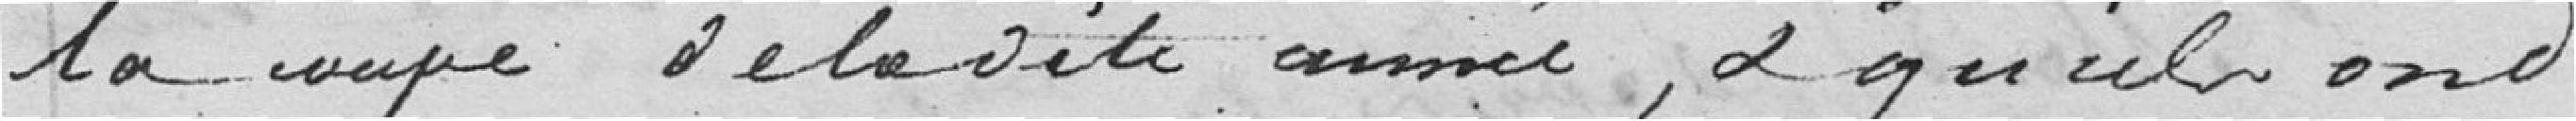
la coupe de ladite année, et qu'ils ont